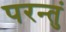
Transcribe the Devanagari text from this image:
परन्तुं